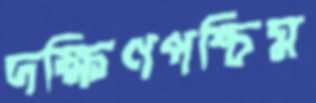
দক্ষিণপশ্চিম